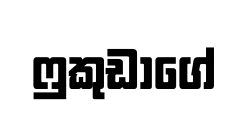
ෆුකුඩාගේ